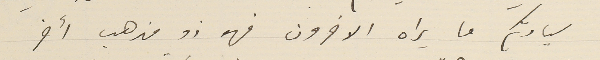
سيادتكم ما يراه الاخرون فهو ذو مذهب أخر